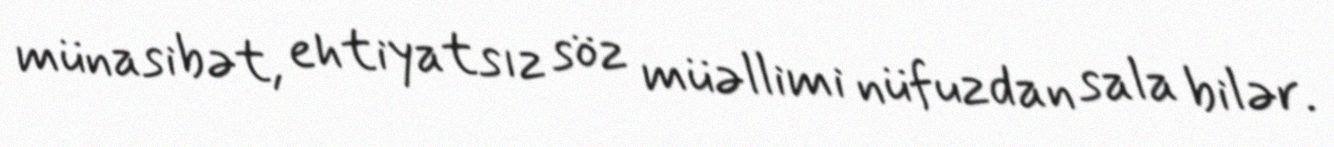
münasibət, ehtiyatsız söz müəllimi nüfuzdan sala bilər.